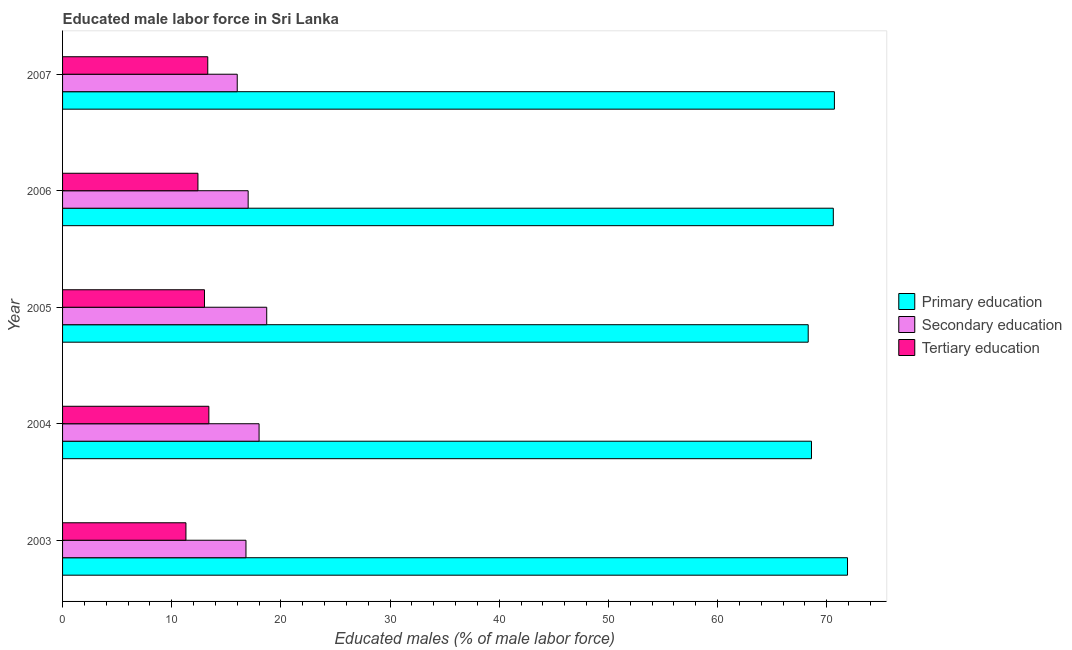
| Year | Primary education | Secondary education | Tertiary education |
 | --- | --- | --- | --- |
 | 2003 | 71.9 | 16.8 | 11.3 |
 | 2004 | 68.6 | 18 | 13.4 |
 | 2005 | 68.3 | 18.7 | 13 |
 | 2006 | 70.6 | 17 | 12.4 |
 | 2007 | 70.7 | 16 | 13.3 |